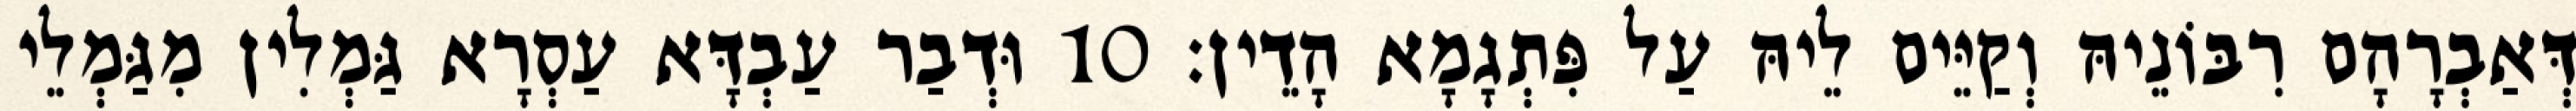
דְּאַבְרָהָם רִבּוֹנֵיהּ וְקַיֵּים לֵיהּ עַל פִּתְגָמָא הָדֵין׃ 10 וּדְבַר עַבְדָּא עַסְרָא גַּמְלִין מִגַּמְלֵי